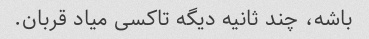
باشه، چند ثانیه دیگه تاکسی میاد قربان.